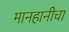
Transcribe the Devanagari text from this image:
मानहानीचा